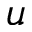
u